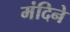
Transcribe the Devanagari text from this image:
मंदिने